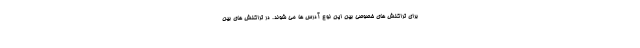
برای تراکنش های خصوصی بین این نوع آدرس ها می شوند. در تراکنش های بین